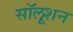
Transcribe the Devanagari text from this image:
सॉलूशन